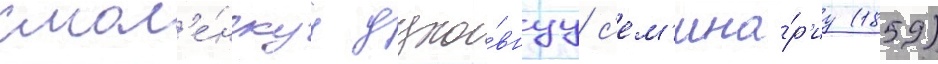
смол'е́нскуу духо́внуу с'ем'ина́р'иу (1859)